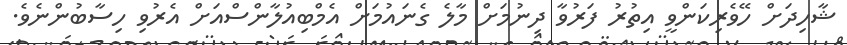
ޝާހިދަށް ހޭވެރިކަންވީ އިތުރު ފަރުވާ ދިނުމަށް މާލެ ގެނައުމަށް އެމްބިއުލާންސްއަށް އެރުވި ހިސާބުންނެވެ.